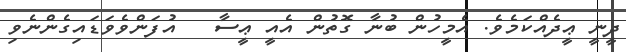
ދީނީ ޢީދެއްކަމެވެ. އެމީހުން ބުނާ ގޮތުން އެއީ ޢީސާ   އުފަންވެވަޑައިގެންނެވި